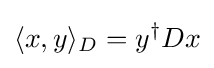
\langle x,y\rangle _{D}=y^{\dagger }Dx